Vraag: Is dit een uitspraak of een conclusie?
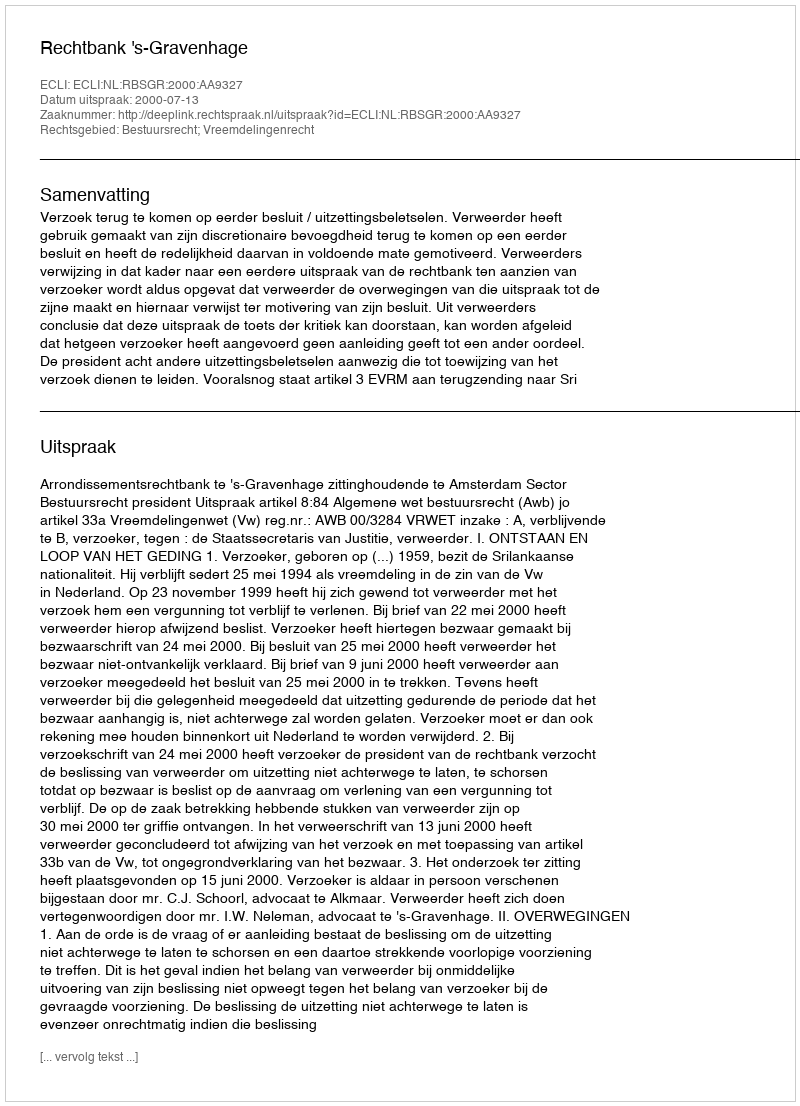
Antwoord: Uitspraak